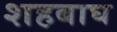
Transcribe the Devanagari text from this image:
शहबाघ